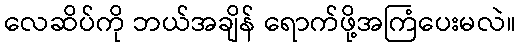
လေဆိပ်ကို ဘယ်အချိန် ရောက်ဖို့အကြံပေးမလဲ။